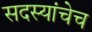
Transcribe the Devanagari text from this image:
सदस्यांचेच